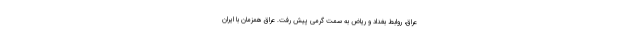
عراق، روابط بغداد و ریاض به سمت گرمی پیش رفت. عراق همزمان با ایران